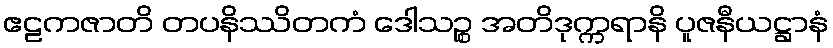
ဧဠကဇာတိ တပနိဿိတကံ ဒေါသဉ္စ အတိဒုက္ကရာနိ ပူဇနီယဋ္ဌာနံ